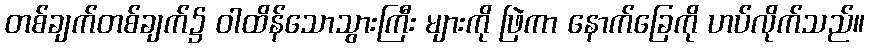
တစ်ချက်တစ်ချက်၌ ဝါထိန်သောသွားကြီး များကို ဖြဲကာ နောက်ခြေကို ဟပ်လိုက်သည်။